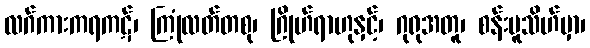
လဂ်ကားကရကဋ်၊ ကြုံလတ်တစု၊ ဂြိုဟ်ရာဟုနှင့်၊ ဂုရုအတူ၊ စန်းမူသိဟ်မှာ၊